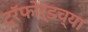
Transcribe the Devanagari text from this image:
ट्रॅफोर्डच्या